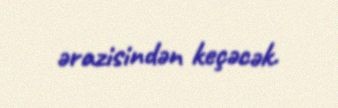
ərazisindən keçəcək.